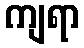
ကျရာ